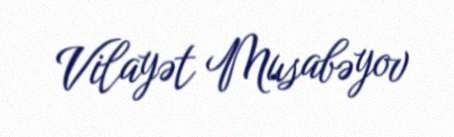
Vilayət Musabəyov